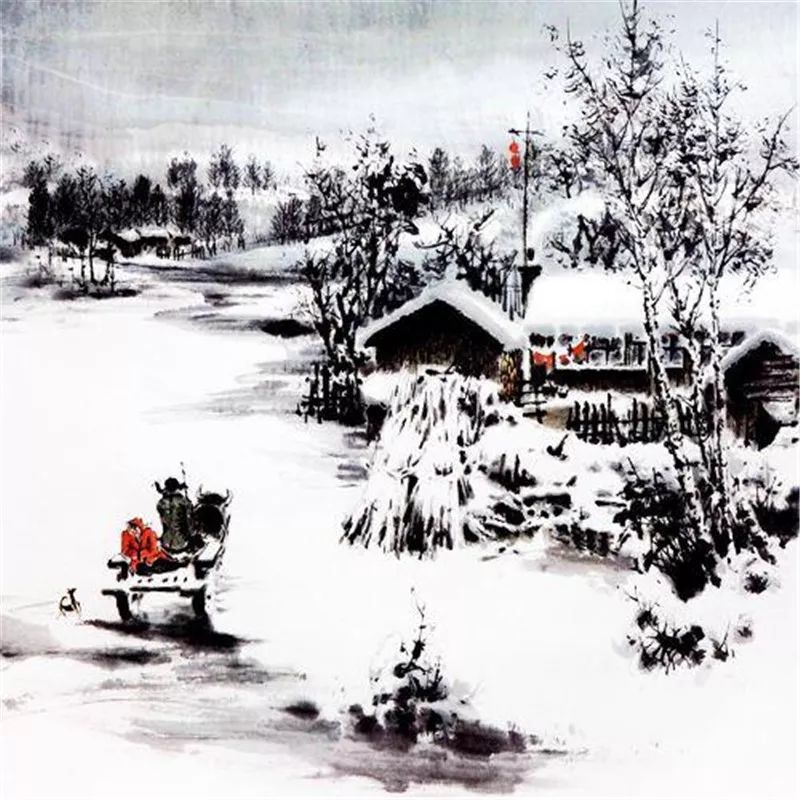
一声画角谯门，丰庭新月黄昏，雪里山前水滨。